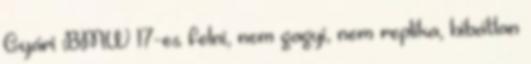
Gyári BMW 17-es felni, nem gagyi, nem replika, hibátlan